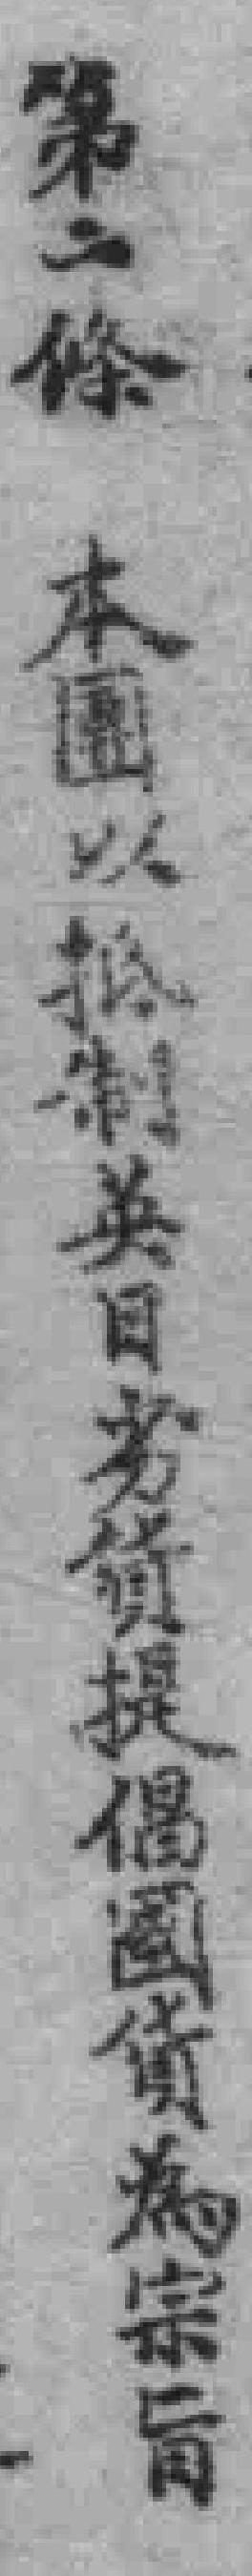
第二條 本園以抵制英日劣貨提倡國貨為宗旨